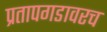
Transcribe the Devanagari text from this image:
प्रतापगडावरच